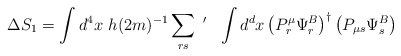
\begin{align*}\Delta S_1 = \int d^4 x~h(2m)^{-1} \sum_{rs}~^{\prime}~~\int d^d x \left(P_r^{\mu} \Psi_r^B \right) ^{\dagger} \left( P_{\mu s} \Psi_s^B \right)\end{align*}